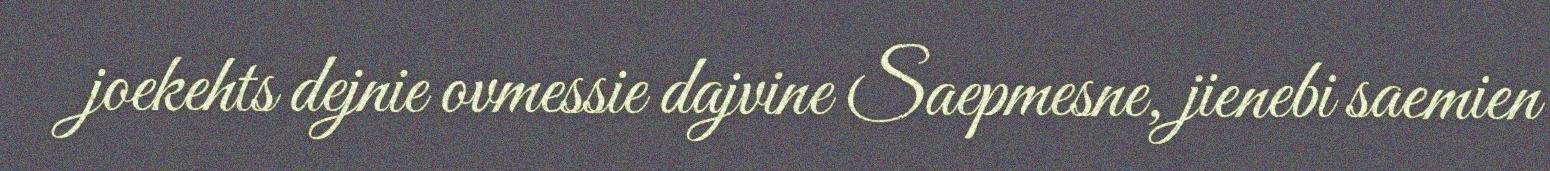
joekehts dejnie ovmessie dajvine Saepmesne, jienebi saemien